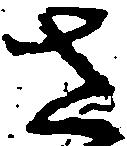
さ